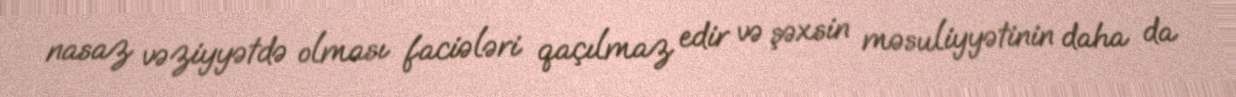
nasaz vəziyyətdə olması faciələri qaçılmaz edir və şəxsin məsuliyyətinin daha da